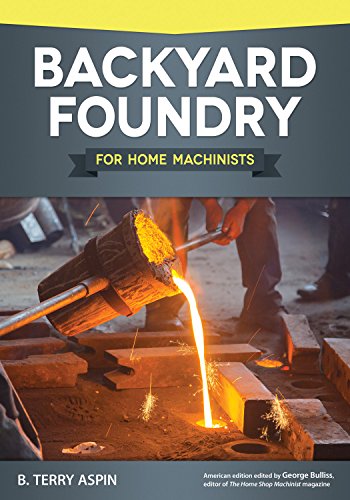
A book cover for Backyard Foundry for Home Machinists; B. Terry Aspin; Crafts, Hobbies & Home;